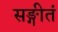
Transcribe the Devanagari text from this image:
सङ्गीतं